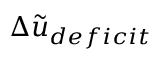
\Delta \Tilde { u } _ { d e f i c i t }